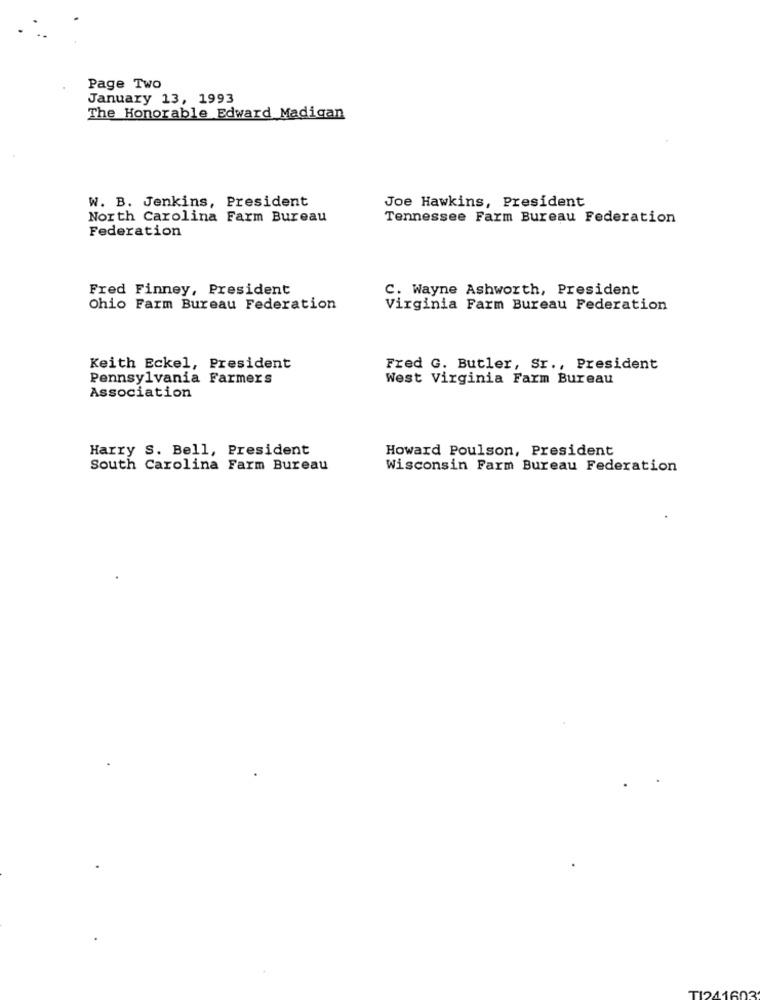
Page Two
January 13, 1993
The Honorable Edward Madigan
W. B. Jenkins, President
Joe Hawkins, President
North Carolina Farm Bureau
Tennessee Farm Bureau Federation
Federation
Fred Finney, President
C. Wayne Ashworth, President
Ohio Farm Bureau Federation
Virginia Farm Bureau Federation
Keith Eckel, President
Fred G. Butler, Sr ., President
Pennsylvania Farmers
West Virginia Farm Bureau
Association
Harry S. Bell, President
Howard Poulson, President
South Carolina Farm Bureau
Wisconsin Farm Bureau Federation
TI241603